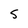
Character: 5